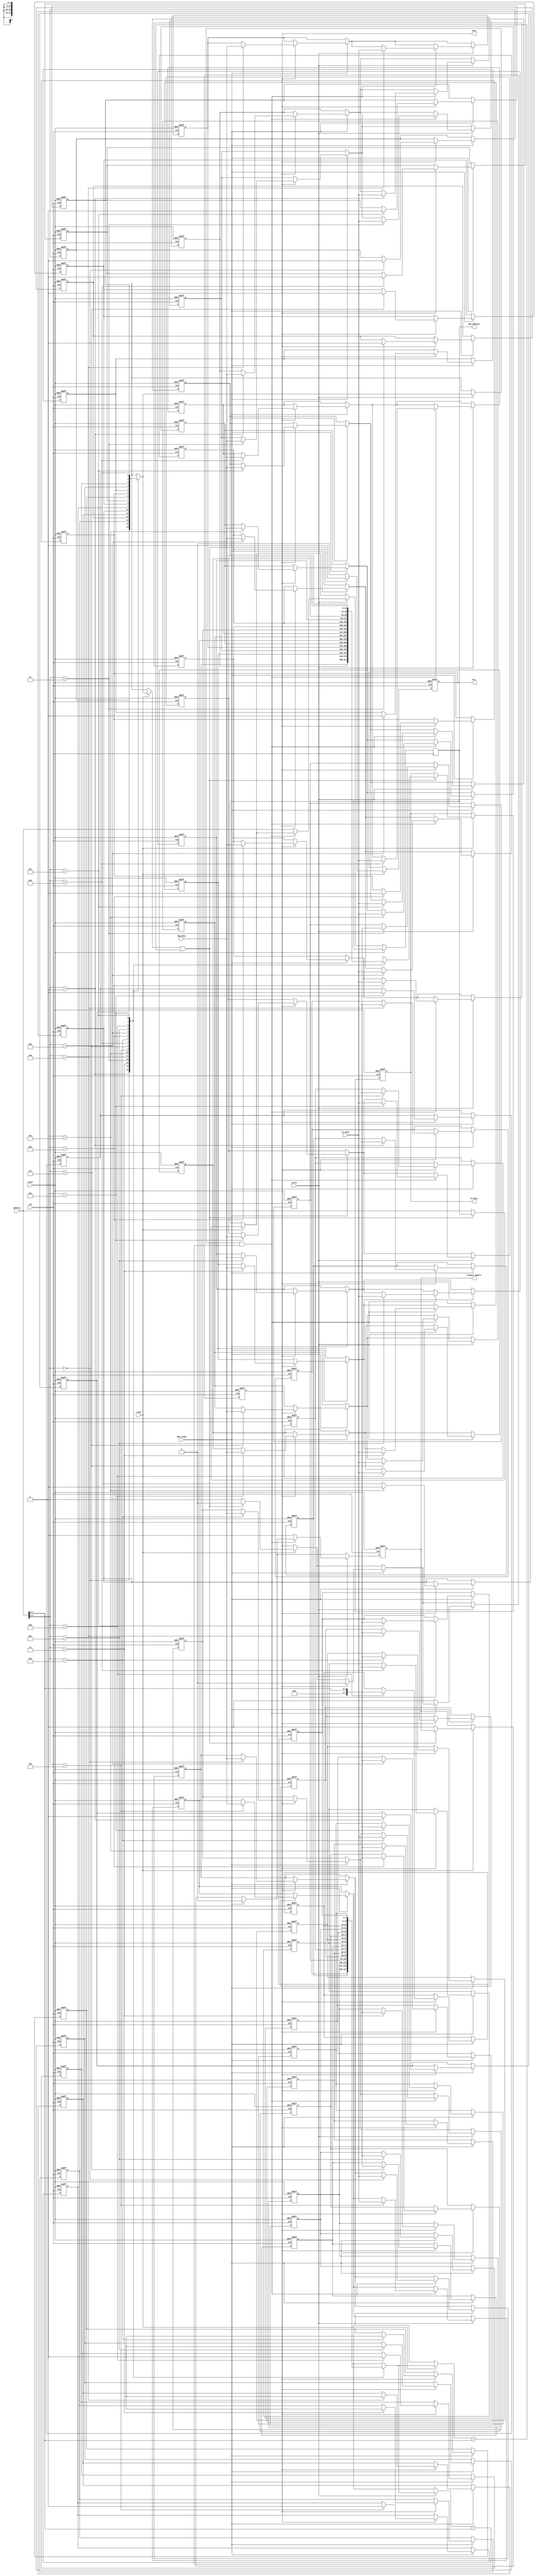
module PrefetchCache #
(
    parameter CACHE_SIZE = 16, // Number of cache lines
    parameter LINE_SIZE = 32,   // Size of each line in bytes
    parameter ADDR_WIDTH = 8     // Address width (log2(CACHE_SIZE))
)
(
    input wire clk,
    input wire reset,
    
    // Processor interface
    input wire [(ADDR_WIDTH-1):0] address, // Incoming address
    input wire read,                       // Read request
    input wire write,                      // Write request
    input wire [(LINE_SIZE-1):0] wr_data, // Data to write
    output reg [(LINE_SIZE-1):0] rd_data, // Data to read
    output reg hit,                        // Cache hit indication
    output reg miss,                       // Cache miss indication
    
    // Memory interface
    output reg request_memory,             // Request to send to memory
    output reg [(ADDR_WIDTH-1):0] mem_address, // Address to request from memory
    input wire [(LINE_SIZE-1):0] mem_data, // Data from memory
    input wire mem_ready                     // Memory ready signal
);

    // Cache line structure
    reg [ADDR_WIDTH-1:0] cache_tag [0:CACHE_SIZE-1]; // Tags for each cache line
    reg [LINE_SIZE-1:0] cache_data [0:CACHE_SIZE-1]; // Data for each cache line
    reg valid [0:CACHE_SIZE-1];                       // Valid bits for cache lines
    reg dirty [0:CACHE_SIZE-1];                       // Dirty bits for cache lines

    // Cache operations
    reg [$clog2(CACHE_SIZE)-1:0] index;            // Index to cache
    reg [ADDR_WIDTH-1:0] tag;                        // Tag portion of the address
    reg addr_valid;                                  // Address valid flag
    integer i;                                       // Loop variable

    always @(posedge clk or posedge reset) begin
        if (reset) begin
            // Initialize cache
            for (i = 0; i < CACHE_SIZE; i = i + 1) begin
                valid[i] <= 0;
                dirty[i] <= 0;
                cache_tag[i] <= 0;
                cache_data[i] <= 0;
            end
            rd_data <= 0;
            hit <= 0;
            miss <= 0;
            request_memory <= 0;
        end else begin
            // Parsing address
            index = address[$clog2(CACHE_SIZE)-1:0]; // Index extraction
            tag = address[ADDR_WIDTH-1:$clog2(CACHE_SIZE)]; // Tag extraction

            // Read operation
            if (read) begin
                if (valid[index] && (cache_tag[index] == tag)) begin
                    // Cache Hit
                    rd_data <= cache_data[index];
                    hit <= 1;
                    miss <= 0;
                end else begin
                    // Cache Miss
                    miss <= 1;
                    hit <= 0;
                    request_memory <= 1;
                    mem_address <= address; // Access memory for missed address
                end
            end

            // Memory ready handling
            if (mem_ready) begin
                request_memory <= 0;
                if (miss) begin
                    // Load the data into cache
                    cache_data[index] <= mem_data;
                    cache_tag[index] <= tag;
                    valid[index] <= 1;
                    miss <= 0;
                end
            end

            // Write operation
            if (write) begin
                if (valid[index] && (cache_tag[index] == tag)) begin
                    // Cache Hit on write
                    cache_data[index] <= wr_data;
                    dirty[index] <= 1; // Set dirty bit
                end else begin
                    // Cache Miss on write (write to memory assumed)
                    miss <= 1;
                    request_memory <= 1;
                    mem_address <= address; // Send the address to memory
                end
            end
        end
    end
endmodule